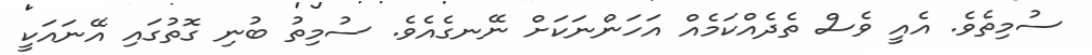
ސުމިތެވެ. އެއީ ވެސް ތެދެއްކަމެއް އަހަންނަކަށް ނޭނގެއެވެ. ސުމިތު ބުނި ގޮތުގައި އޭނައަކީ